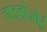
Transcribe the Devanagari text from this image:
हाइड्रोज़ोई